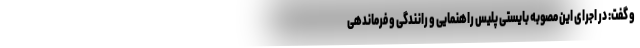
و گفت: در اجرای این مصوبه بایستی پلیس راهنمایی و رانندگی و فرماندهی